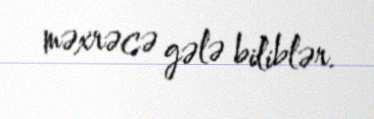
məxrəcə gələ biliblər.